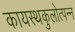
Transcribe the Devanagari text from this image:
कायस्थकुलोत्पन्न